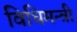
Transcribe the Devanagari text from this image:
विधिमन्त्री